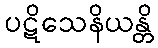
ပဋိသေနိယန္တိ